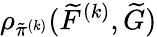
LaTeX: \rho_{\tilde{\pi}^{(k)}}(\widetilde{F}^{(k)},\widetilde{G})